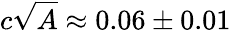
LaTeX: c\sqrt{A}\approx 0.06\pm 0.01